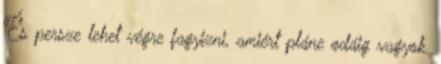
És persze lehet végre fagyizni, amiért pláne odáig vagyok.